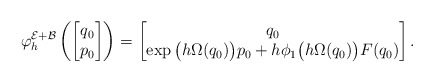
\begin{align*} \varphi_h^{\mathcal{E} + \mathcal{B}}\left( \begin{bmatrix} q_0 \\ p_0 \end{bmatrix} \right)= \begin{bmatrix} q_0 \\ \exp \big(h \Omega(q_0) \big) p_0 + h \phi_1 \big(h \Omega(q_0) \big) F(q_0) \end{bmatrix}.\end{align*}